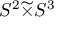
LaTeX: S ^ { 2 } { \widetilde { \times } } S ^ { 3 }